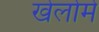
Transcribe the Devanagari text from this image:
खेलोमे